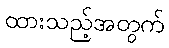
ထားသည့်အတွက်